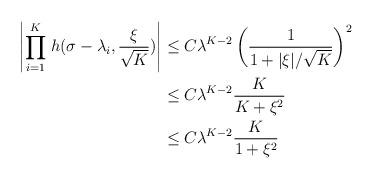
LaTeX: \begin{align*}\left|\underset{i = 1}{\stackrel{K}{\prod}} h(\sigma - \lambda_i, \frac{\xi}{\sqrt{K}})\right| &\leq C \lambda^{K-2} \left(\frac{1}{1 + |\xi|/\sqrt{K}}\right)^2 \\&\leq C \lambda^{K-2} \frac{K}{K + \xi^2} \\&\leq C \lambda^{K-2} \frac{K}{1 + \xi^2} \end{align*}